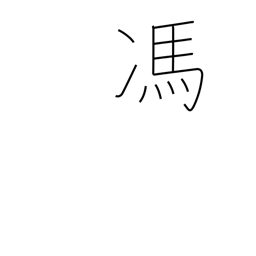
Meaning: displeasure